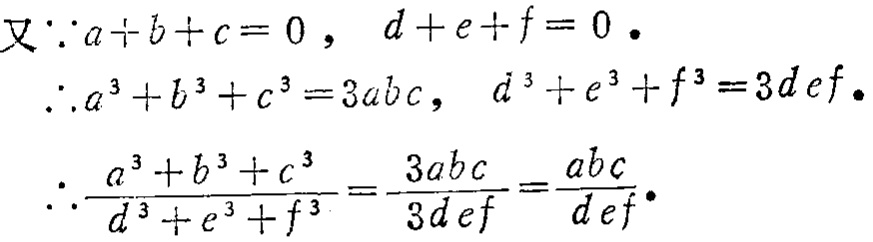
\[
\begin{align*}
又\because a + b + c = 0，d + e + f = 0.\\
\therefore a^{3}+b^{3}+c^{3}=3abc，d^{3}+e^{3}+f^{3}=3def.\\
\therefore\frac{a^{3}+b^{3}+c^{3}}{d^{3}+e^{3}+f^{3}}=\frac{3abc}{3def}=\frac{abc}{def}.
\end{align*}
\]